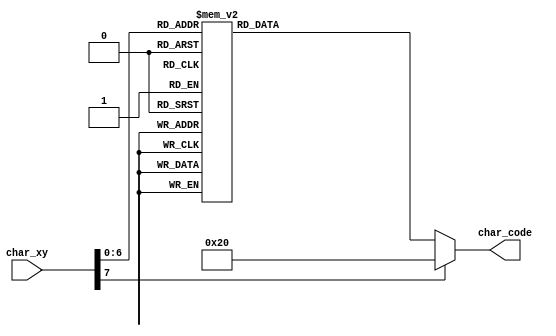
`timescale 1ns / 1ps

module char_rom_16x6_cred
    (
        input  wire [7:0] char_xy,
        output reg  [6:0] char_code
    );

  parameter BLANK =	 	7'h20;
  parameter EXCLAMATION = 7'h21;
  parameter COMMA =	 	7'h2c;
  parameter DASH =	 	7'h2d;
  parameter DOT =	 	7'h2e;
  parameter COLON =	 	7'h3a;


  parameter ZERO =	 	7'h30;
  parameter ONE =	 	7'h31;
  parameter TWO =	 	7'h32;
  parameter THREE =	 	7'h33;
  parameter FOUR = 		7'h34;
  parameter FIVE = 		7'h35;
  parameter SIX = 		7'h36;
  parameter SEVEN = 	7'h37;
  parameter EIGHT = 	7'h38;
  parameter NINE = 		7'h39;
  
  parameter CAP_A =	 	7'h41;
  parameter CAP_B =	 	7'h42;
  parameter CAP_C =	 	7'h43;
  parameter CAP_D =	 	7'h44;
  parameter CAP_E = 	7'h45;
  parameter CAP_F = 	7'h46;
  parameter CAP_G = 	7'h47;
  parameter CAP_H = 	7'h48;
  parameter CAP_I = 	7'h49;
  parameter CAP_J = 	7'h4a;
  parameter CAP_K =	 	7'h4b;
  parameter CAP_L =	 	7'h4c;
  parameter CAP_M =	 	7'h4d;
  parameter CAP_N =	 	7'h4e;
  parameter CAP_O = 	7'h4f;
  parameter CAP_P = 	7'h50;
  parameter CAP_Q = 	7'h51;
  parameter CAP_R = 	7'h52;
  parameter CAP_S = 	7'h53;
  parameter CAP_T = 	7'h54;
  parameter CAP_U =	 	7'h55;
  parameter CAP_V =	 	7'h56;
  parameter CAP_W =	 	7'h57;
  parameter CAP_X =	 	7'h58;
  parameter CAP_Y = 	7'h59;
  parameter CAP_Z = 	7'h5a;
  
  parameter A =	 		7'h61;
  parameter B =	 		7'h62;
  parameter C =	 		7'h63;
  parameter D =	 		7'h64;
  parameter E = 		7'h65;
  parameter F = 		7'h66;
  parameter G = 		7'h67;
  parameter H = 		7'h68;
  parameter I = 		7'h69;
  parameter J = 		7'h6a;
  parameter K =		 	7'h6b;
  parameter L =		 	7'h6c;
  parameter M =		 	7'h6d;
  parameter N =		 	7'h6e;
  parameter O = 		7'h6f;
  parameter P = 		7'h70;
  parameter Q = 		7'h71;
  parameter R = 		7'h72;
  parameter S = 		7'h73;
  parameter T = 		7'h74;
  parameter U =		 	7'h75;
  parameter V =		 	7'h76;
  parameter W =		 	7'h77;
  parameter X =		 	7'h78;
  parameter Y = 		7'h79;
  parameter Z = 		7'h7a;

    always@*   
	  case(char_xy)
		8'h00: char_code = BLANK;
		8'h01: char_code = BLANK;
		8'h02: char_code = BLANK;
		8'h03: char_code = CAP_C;
		8'h04: char_code = R;
		8'h05: char_code = E;
		8'h06: char_code = A;
		8'h07: char_code = T;
		8'h08: char_code = E;
		8'h09: char_code = D;
		8'h0a: char_code = BLANK;
		8'h0b: char_code = B;
		8'h0c: char_code = Y;
		8'h0d: char_code = COLON;
		8'h0e: char_code = BLANK;
		8'h0f: char_code = BLANK;
		
		8'h10: char_code = BLANK;
		8'h11: char_code = BLANK; 
		8'h12: char_code = BLANK; 
		8'h13: char_code = BLANK; 
		8'h14: char_code = BLANK;
		8'h15: char_code = BLANK; 
		8'h16: char_code = BLANK;  
		8'h17: char_code = BLANK; 
		8'h18: char_code = BLANK; 
		8'h19: char_code = BLANK;
		8'h1a: char_code = BLANK; 
		8'h1b: char_code = BLANK; 
		8'h1c: char_code = BLANK;
		8'h1d: char_code = BLANK; 
		8'h1e: char_code = BLANK;
		8'h1f: char_code = BLANK; 

		8'h20: char_code = BLANK; 
		8'h21: char_code = BLANK; 
		8'h22: char_code = BLANK;   
		8'h23: char_code = BLANK;   
		8'h24: char_code = CAP_B;   
		8'h25: char_code = A;   
		8'h26: char_code = R;   
		8'h27: char_code = T;   
		8'h28: char_code = O;   
		8'h29: char_code = S;   
		8'h2a: char_code = Z;   
		8'h2b: char_code = BLANK;   
		8'h2c: char_code = BLANK;   
		8'h2d: char_code = BLANK;   
		8'h2e: char_code = BLANK;   
		8'h2f: char_code = BLANK;
				  
		8'h30: char_code = BLANK;   
		8'h31: char_code = BLANK;   
		8'h32: char_code = BLANK;   
		8'h33: char_code = CAP_B;   
		8'h34: char_code = I;   
		8'h35: char_code = A;   
		8'h36: char_code = L;   
		8'h37: char_code = K;   
		8'h38: char_code = O;   
		8'h39: char_code = W;   
		8'h3a: char_code = S;   
		8'h3b: char_code = K;   
		8'h3c: char_code = I;   
		8'h3d: char_code = BLANK;   
		8'h3e: char_code = BLANK;   
		8'h3f: char_code = BLANK;
				   
		8'h40: char_code = BLANK;   
		8'h41: char_code = BLANK;   
		8'h42: char_code = BLANK;   
		8'h43: char_code = BLANK;   
		8'h44: char_code = CAP_M;   
		8'h45: char_code = A;   
		8'h46: char_code = T;   
		8'h47: char_code = E;   
		8'h48: char_code = U;   
		8'h49: char_code = S;   
		8'h4a: char_code = Z;   
		8'h4b: char_code = BLANK;   
		8'h4c: char_code = BLANK;   
		8'h4d: char_code = BLANK;   
		8'h4e: char_code = BLANK;   
		8'h4f: char_code = BLANK;
		
		8'h50: char_code = BLANK;           
		8'h51: char_code = BLANK;   
		8'h52: char_code = BLANK;   
		8'h53: char_code = CAP_J;   
		8'h54: char_code = A;   
		8'h55: char_code = G;   
		8'h56: char_code = I;   
		8'h57: char_code = E;   
		8'h58: char_code = L;
		8'h59: char_code = S;   
		8'h5a: char_code = K;   
		8'h5b: char_code = I;   
		8'h5c: char_code = BLANK;   
		8'h5d: char_code = BLANK;   
		8'h5e: char_code = BLANK;   
		8'h5f: char_code = BLANK;   
		default: char_code = BLANK; 
	  endcase
endmodule